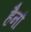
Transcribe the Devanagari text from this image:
हैनौ